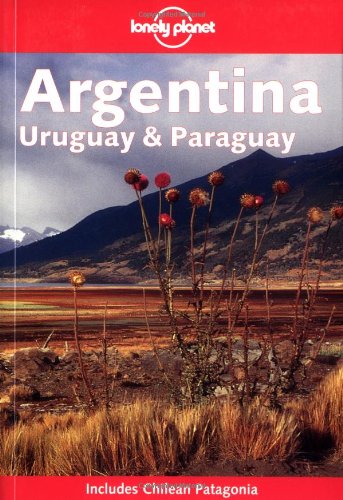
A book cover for Lonely Planet Argentina, Uruguay and Paraguay (Includes Chilean Patagonia); Sandra Bao; Travel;